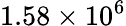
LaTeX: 1.58\times 10^{6}